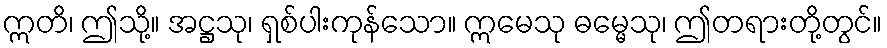
ဣတိ၊ ဤသို့။ အဋ္ဌသု၊ ရှစ်ပါးကုန်သော။ ဣမေသု ဓမ္မေသု၊ ဤတရားတို့တွင်။